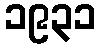
၁၉၃၁